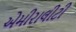
એમીરાલીટી